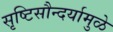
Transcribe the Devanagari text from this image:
सृष्टिसौन्दर्यामुळे